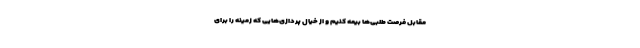
مقابل فرصت طلبی‌ها بیمه کنیم و از خیال پردازی‌هایی که زمینه را برای